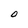
Character: 0